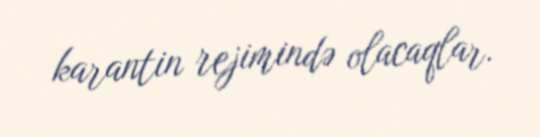
karantin rejimində olacaqlar.